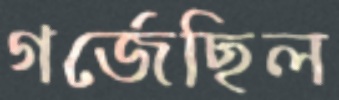
গর্‌জেছিল